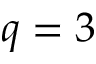
q = 3